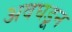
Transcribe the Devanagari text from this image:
अवघडून